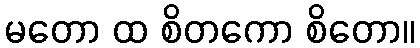
မတော ထ စိတကော စိတော။